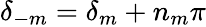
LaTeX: \delta_{-m}=\delta_{m}+n_{m}\pi